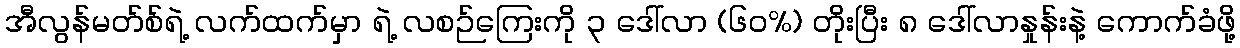
အီလွန်မတ်စ်ရဲ့ လက်ထက်မှာ ရဲ့ လစဉ်ကြေးကို ၃ ဒေါ်လာ (၆၀%) တိုးပြီး ၈ ဒေါ်လာနှုန်းနဲ့ ကောက်ခံဖို့